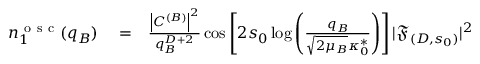
\begin{array} { r l r } { n _ { 1 } ^ { \mathrm { ~ o ~ s ~ c ~ } } ( q _ { B } ) } & { { } = } & { \frac { \left| C ^ { ( B ) } \right| ^ { 2 } } { q _ { B } ^ { D + 2 } } \cos \left[ 2 s _ { 0 } \log \left( \frac { q _ { B } } { \sqrt { 2 \mu _ { B } } \kappa _ { 0 } ^ { * } } \right) \right] | \mathfrak { F } _ { ( D , s _ { 0 } ) } | ^ { 2 } } \end{array}